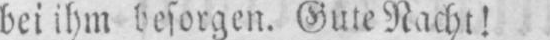
bei ihm besorgen. Gute Nacht!